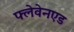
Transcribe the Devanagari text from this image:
फ्लेवेनएड